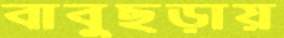
বাবুছড়ায়